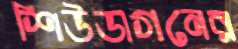
শিউডাগনের